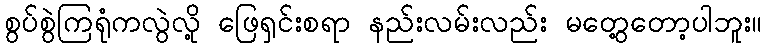
စွပ်စွဲကြရုံကလွဲလို့ ဖြေရှင်းစရာ နည်းလမ်းလည်း မတွေ့တော့ပါဘူး။